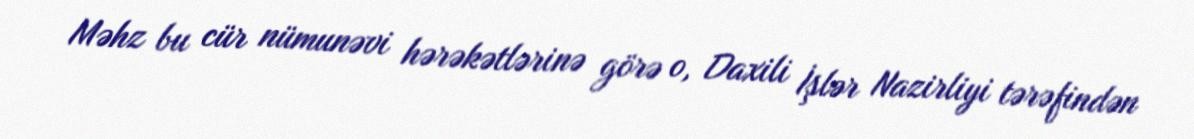
Məhz bu cür nümunəvi hərəkətlərinə görə o, Daxili İşlər Nazirliyi tərəfindən